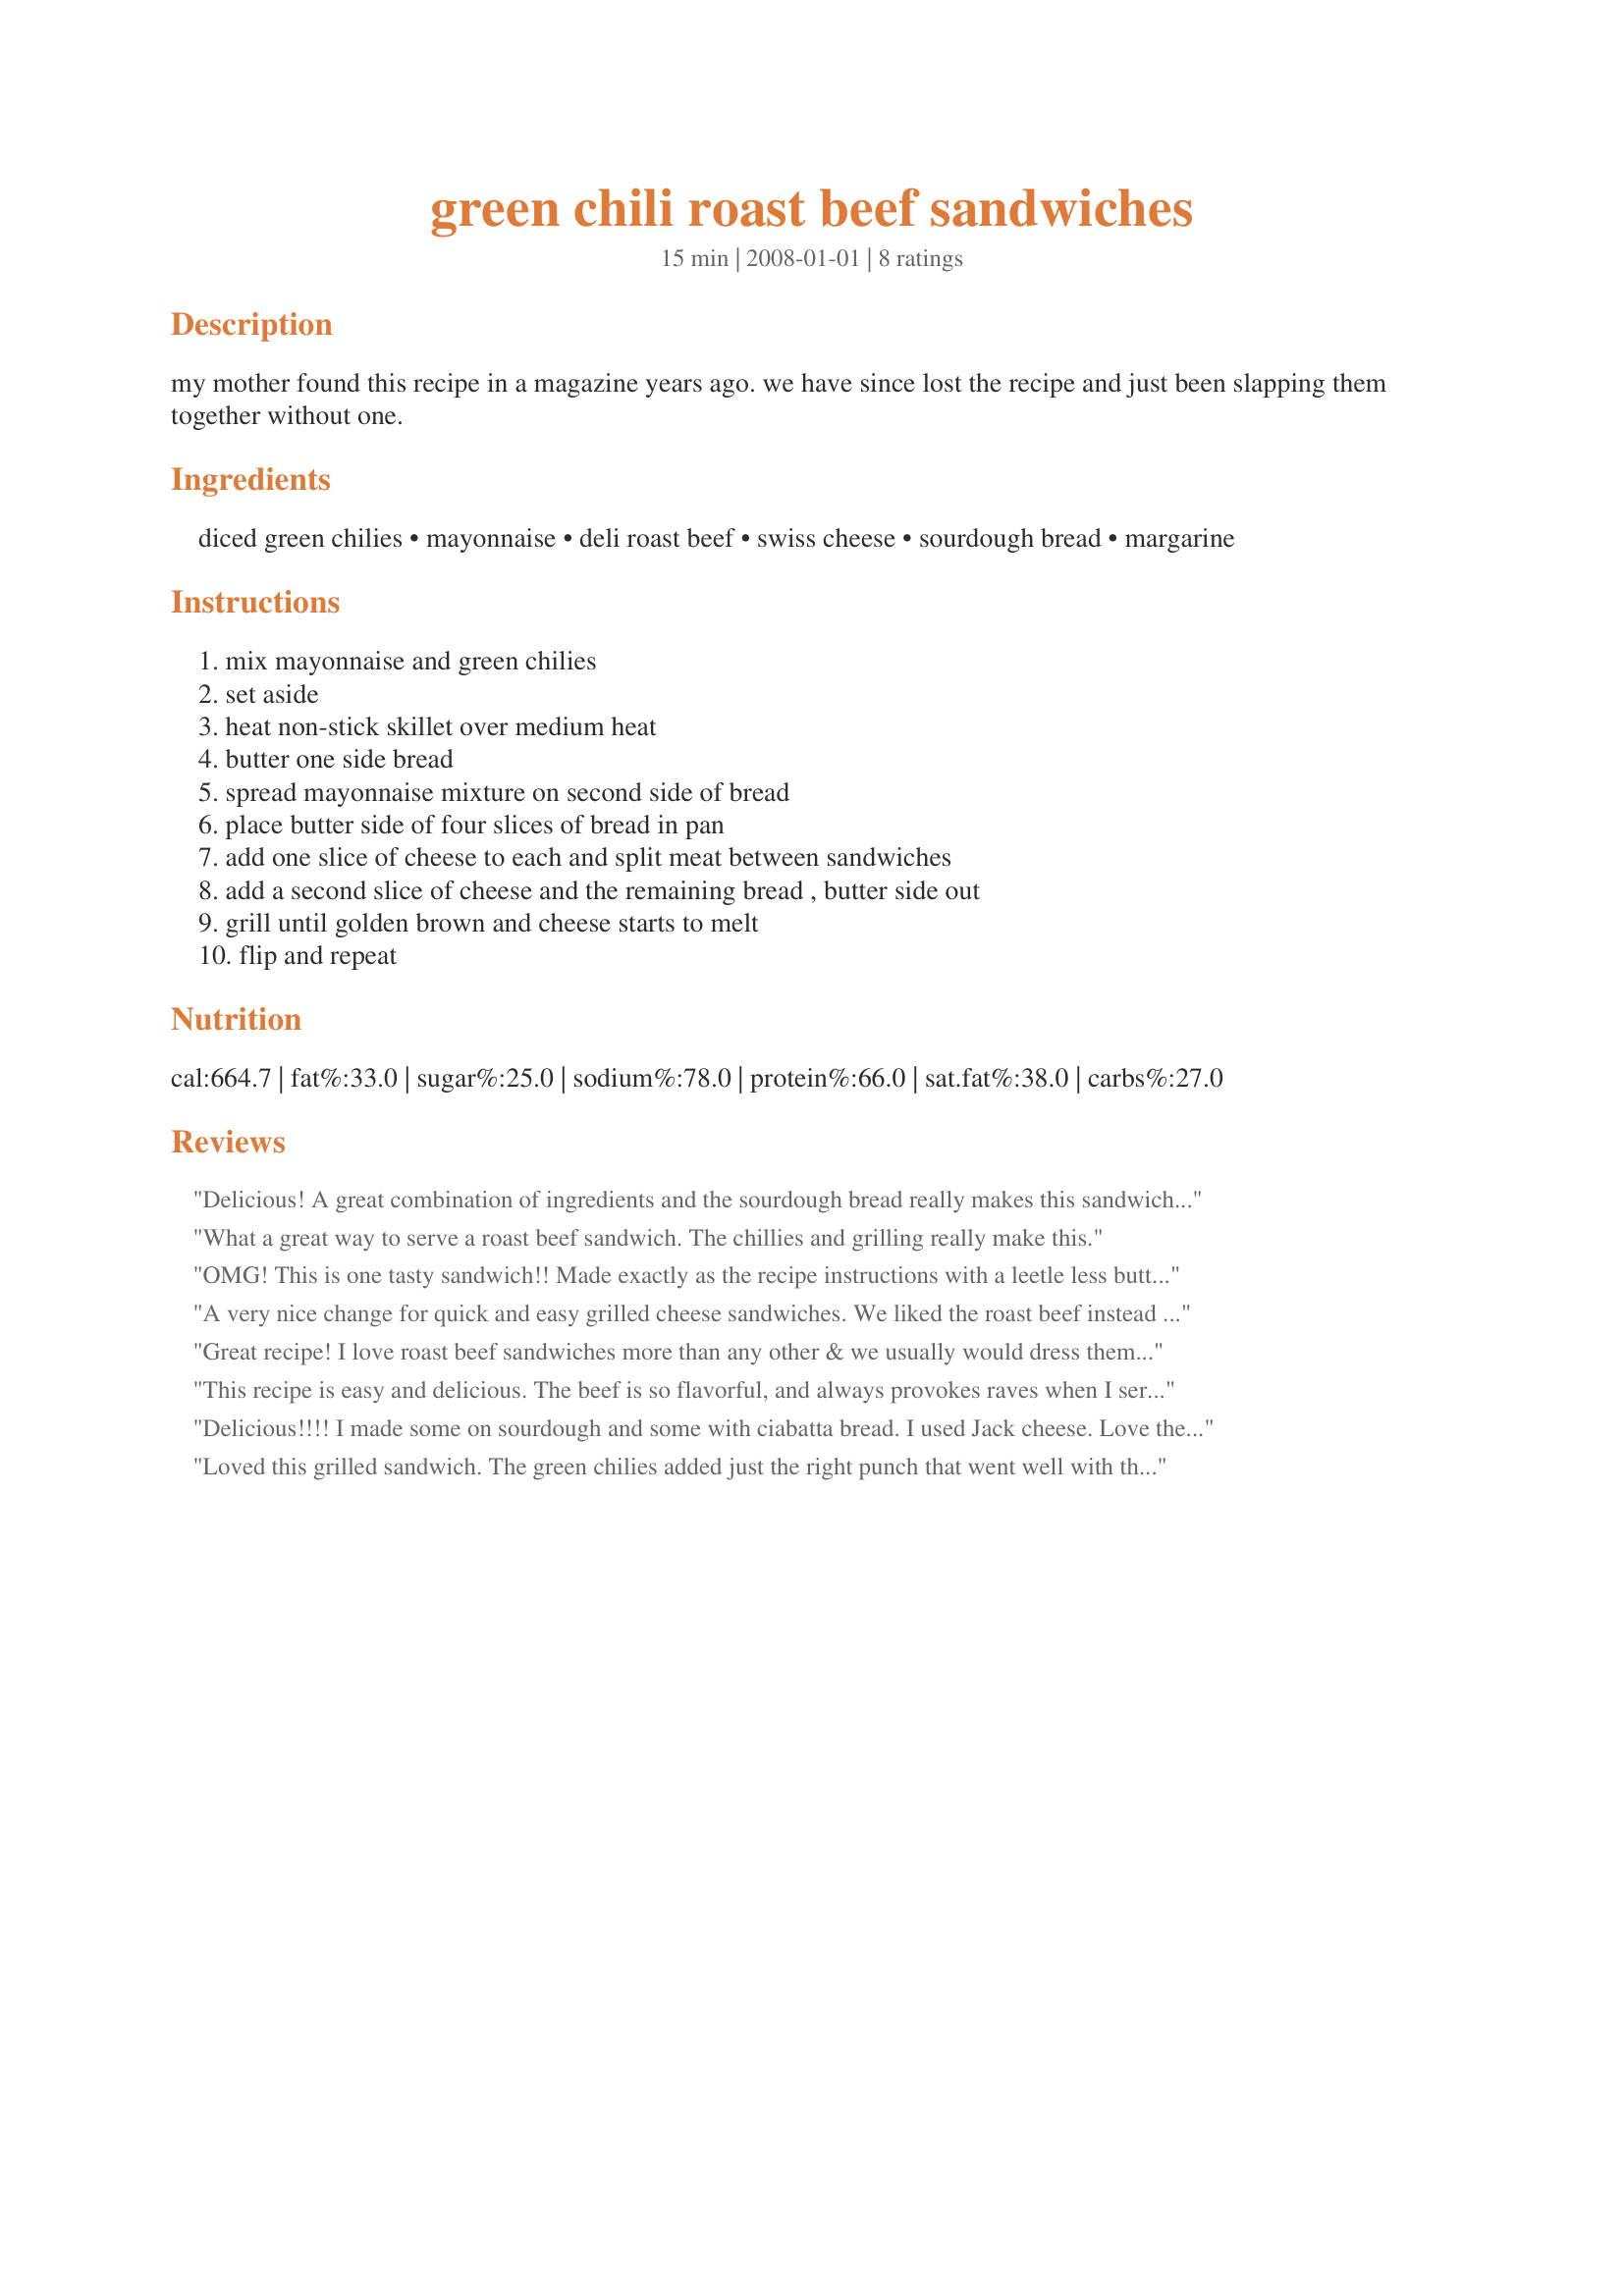
green chili roast beef sandwiches
Preparation time: 15 minutes

my mother found this recipe in a magazine years ago. we have since lost the recipe and just been slapping them together without one.

Ingredients:
diced green chilies, mayonnaise, deli roast beef, swiss cheese, sourdough bread, margarine

Steps:
mix mayonnaise and green chilies, set aside, heat non-stick skillet over medium heat, butter one side bread, spread mayonnaise mixture on second side of bread, place butter side of four slices of bread in pan, add one slice of cheese to each and split meat between sandwiches, add a second slice of cheese and the remaining bread , butter side out, grill until golden brown and cheese starts to melt, flip and repeat

Reviews:
Delicious! A great combination of ingredients and the sourdough bread really makes this sandwich. This sandwich made a quick, easy and yummy supper with a cup of hot soup - thanks for sharing!
What a great way to serve a roast beef sandwich. The chillies and grilling really make this.
OMG! This is one tasty sandwich!! Made exactly as the recipe instructions with a leetle less butter for grilling. YummO! Next time, I will double the green chilies and add a bit of horseradish.
Thank you so much for a keeper of a sandwich!!
A very nice change for quick and easy grilled cheese sandwiches. We liked the roast beef instead of our usual ham addition. Would like to add some more spice next time...maybe horseradish as someone else suggested. Thanks for sharing a delicious keeper!
Great recipe! I love roast beef sandwiches more than any other & we usually would dress them with a bit of horseradish, but this combination was creamy & zippy without the spice. The sauce is so easy to put together too. DH & teenage DS both gave this 5 stars & said it's their new favorite grilled sammy. Thanks for sharing this tasty lunchtime treat! We served it up with a bowl of hot soup.
This recipe is easy and delicious. The beef is so flavorful, and always provokes raves when I serve it. I dont usually other with the gravy and just serve with horseradish and au jus. But having those carmelized nions on the side is a great added bonus.
Delicious!!!! I made some on sourdough and some with ciabatta bread. I used Jack cheese. Love the green chiles with the beef!!!
Loved this grilled sandwich. The green chilies added just the right punch that went well with the other ingredients.
